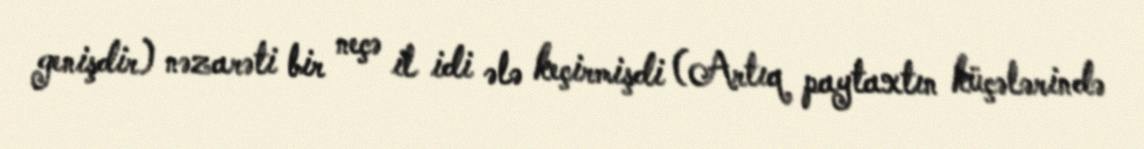
genişdir) nəzarəti bir neçə il idi ələ keçirmişdi (Artıq paytaxtın küçələrində